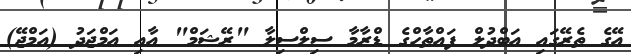
އޭގެ ތެރޭގައި އަބްދުލް ފައްތާހްގެ ޑްރާމާ ސިލްސިލާ "ރޭޝަމް" އާއި އަމްޖަދު (އަމްޖޭ)